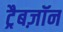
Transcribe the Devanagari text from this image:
ट्रैबज़ॉन